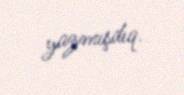
yazmışdıq.